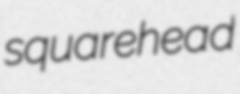
squarehead